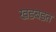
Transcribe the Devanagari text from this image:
खडबडत